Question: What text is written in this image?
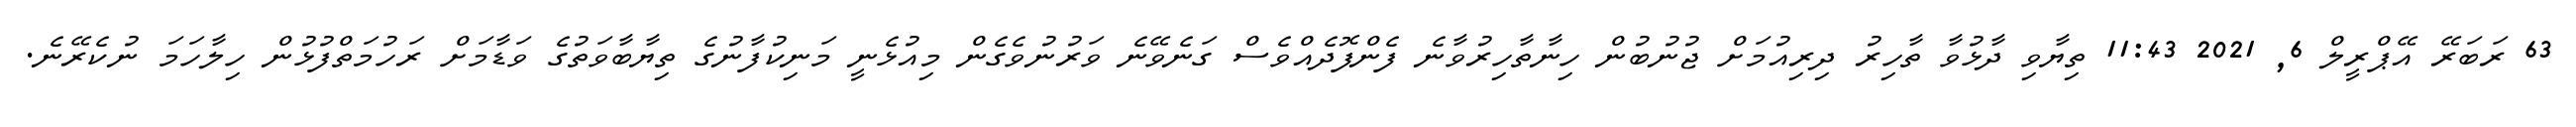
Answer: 63 ރަބަރޭ އޭޕްރީލް 6, 2021 11:43 ތިޔާވި ދާޅުވާ ތާހިރު ދިރިއުމަށް ޖުނުބުން ހިނާތާހިރުވާނެ ފެންފޮދެއްވެސް ގަނެވޭނެ ވަރުނުވެގެން މިއުޅެނީ މަނިކުފާނުގެ ތިޔާބާވަތުގެ ވަޑާމަށް ރަހުމަތްފުޅުން ހިލާހަމަ ނުކެރޭނެ.